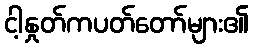
ငါ့နှုတ်ကပတ်တော်များ၏